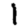
Digit: 1